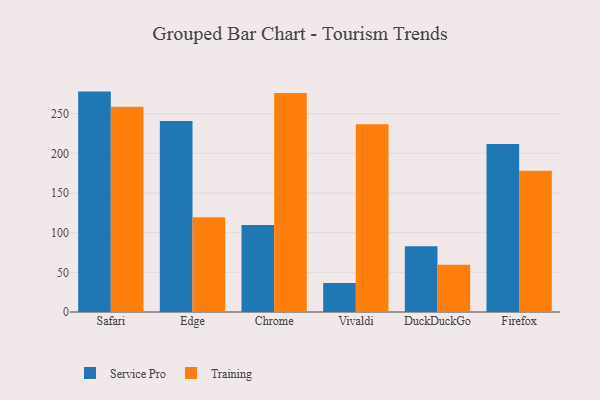
{"axis": {"x": "Browser", "y": "Website Visitors"}, "legend": ["Service Pro", "Training"], "data": [{"x": "Safari", "y": 277.8, "type": "Service Pro"}, {"x": "Safari", "y": 258.7, "type": "Training"}, {"x": "Edge", "y": 240.9, "type": "Service Pro"}, {"x": "Edge", "y": 119.5, "type": "Training"}, {"x": "Chrome", "y": 109.7, "type": "Service Pro"}, {"x": "Chrome", "y": 276.0, "type": "Training"}, {"x": "Vivaldi", "y": 36.7, "type": "Service Pro"}, {"x": "Vivaldi", "y": 236.6, "type": "Training"}, {"x": "DuckDuckGo", "y": 83.0, "type": "Service Pro"}, {"x": "DuckDuckGo", "y": 59.4, "type": "Training"}, {"x": "Firefox", "y": 211.9, "type": "Service Pro"}, {"x": "Firefox", "y": 178.1, "type": "Training"}]}